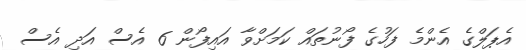
އެޕަލްގެ އެންމެ ފަހުގެ ފޯނުތައް ކަމަށްވާ އައިފޯން 6 އެސް އަދި އެސް